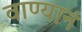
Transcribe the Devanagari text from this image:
वाण्यानं